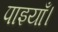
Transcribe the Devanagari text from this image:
पाइयाँ।